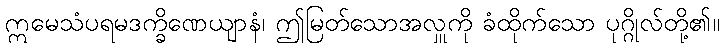
ဣမေသံပရမဒက္ခိဏေယျာနံ၊ ဤမြတ်သောအလှူကို ခံထိုက်သော ပုဂ္ဂိုလ်တို့၏။